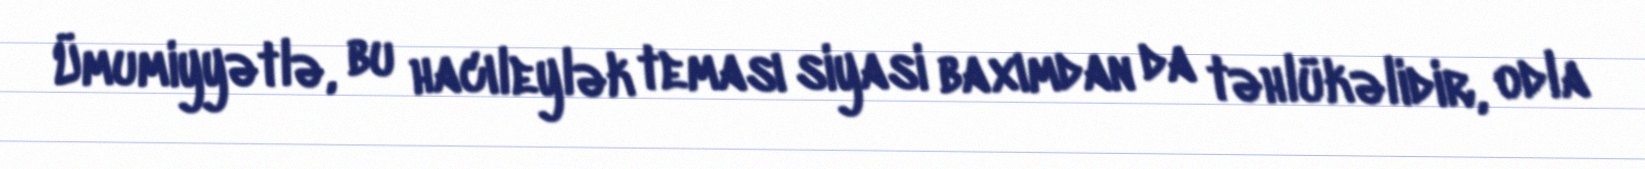
Ümumiyyətlə, bu hacıleylək teması siyasi baxımdan da təhlükəlidir, odla